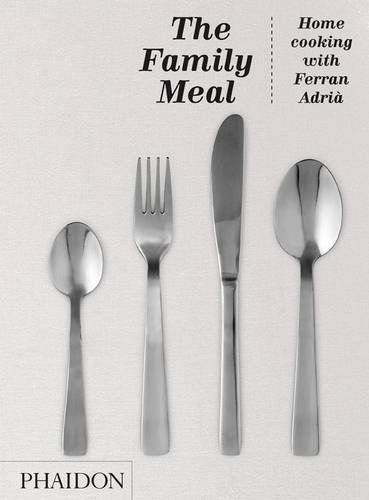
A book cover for The Family Meal: Home Cooking with Ferran AdriÃ ; Ferran AdriÃ ; Cookbooks, Food & Wine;